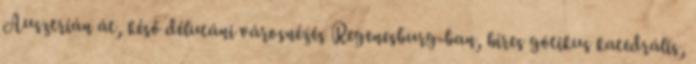
Ausztrián át, késő délutáni városnézés Regenesburg-ban, híres gótikus katedrális,